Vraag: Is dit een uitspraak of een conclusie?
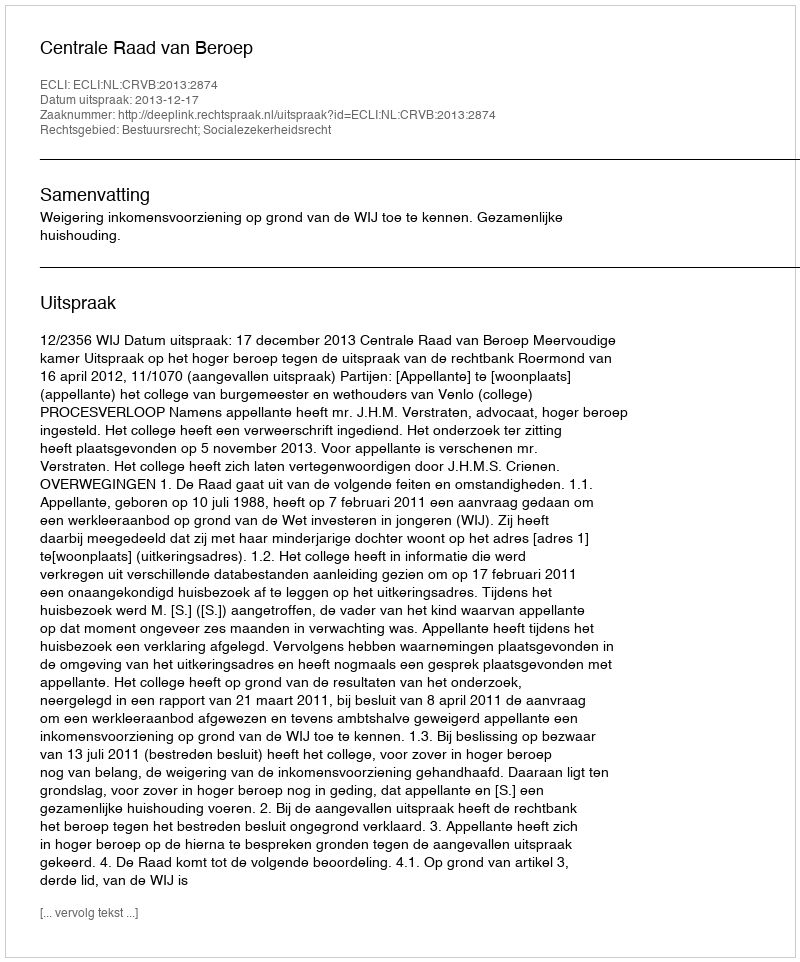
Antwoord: Uitspraak